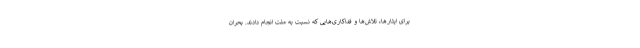
برای ایثارها، تلاش‌ها و فداکاری‌هایی که نسبت به ملت انجام دادند. بحران